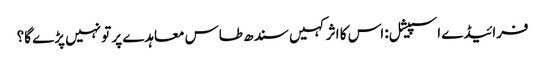
فرائیڈے اسپیشل: اس کا اثر کہیں سندھ طاس معاہدے پر تو نہیں پڑے گا؟